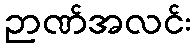
ဉာဏ်အလင်း